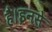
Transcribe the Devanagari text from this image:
है।इनसे